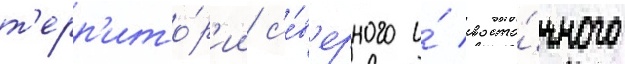
т'ерр'ито́р'ии с'е́в'ерного и́ восто́чного